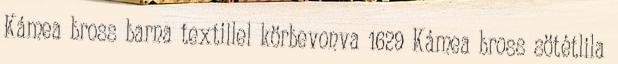
Kámea bross barna textillel körbevonva 1629 Kámea bross sötétlila